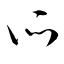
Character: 所